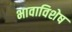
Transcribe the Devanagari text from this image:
भावाविशेष